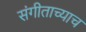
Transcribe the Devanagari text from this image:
संगीताच्याच